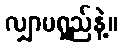
လျှာမရှည်နဲ့။